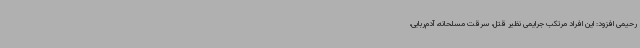
رحیمی افزود: این افراد مرتکب جرایمی نظیر قتل، سرقت مسلحانه، آدم‌ربایی،